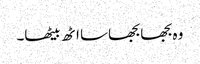
وہ بجھا بجھا سا اٹھ بیٹھا۔